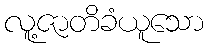
လူ့ဇာတိခံယူသော